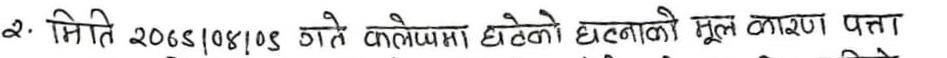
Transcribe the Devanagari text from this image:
२. मिति 2065/08/0९ गते कलेप्पामा घटेको घटनाको मूल कारण पत्ता